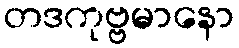
တဒကုဗ္ဗမာနော